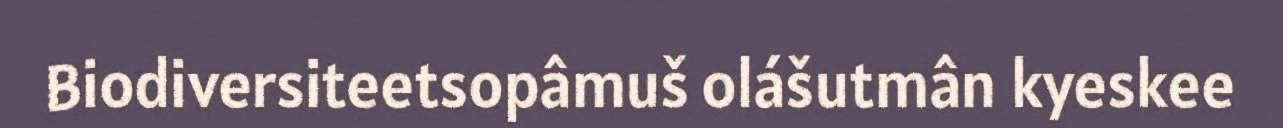
Biodiversiteetsopâmuš olášutmân kyeskee